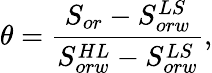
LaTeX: \theta=\frac{S_{or}-S_{orw}^{LS}}{S_{orw}^{HL}-S_{orw}^{LS}},